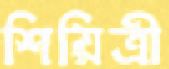
শিয়িত্রী